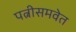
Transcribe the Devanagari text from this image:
पत्नीसमवेत